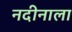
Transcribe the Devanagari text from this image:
नदीनाला